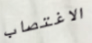
الاغتصاب